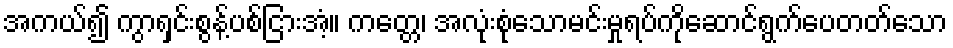
အကယ်၍ ကွာရှင်းစွန့်ပစ်ငြားအံ့။ ကတ္တေ၊ အလုံးစုံသောမင်းမှုရပ်ကိုဆောင်ရွက်ပေတတ်သော